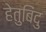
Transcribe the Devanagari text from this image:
हेतुबिंदु